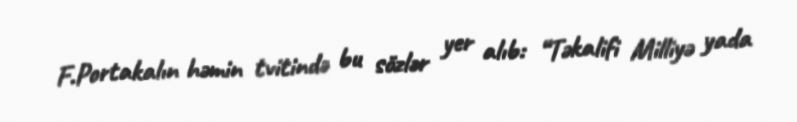
F.Portakalın həmin tvitində bu sözlər yer alıb: “Təkalifi Milliyə yada